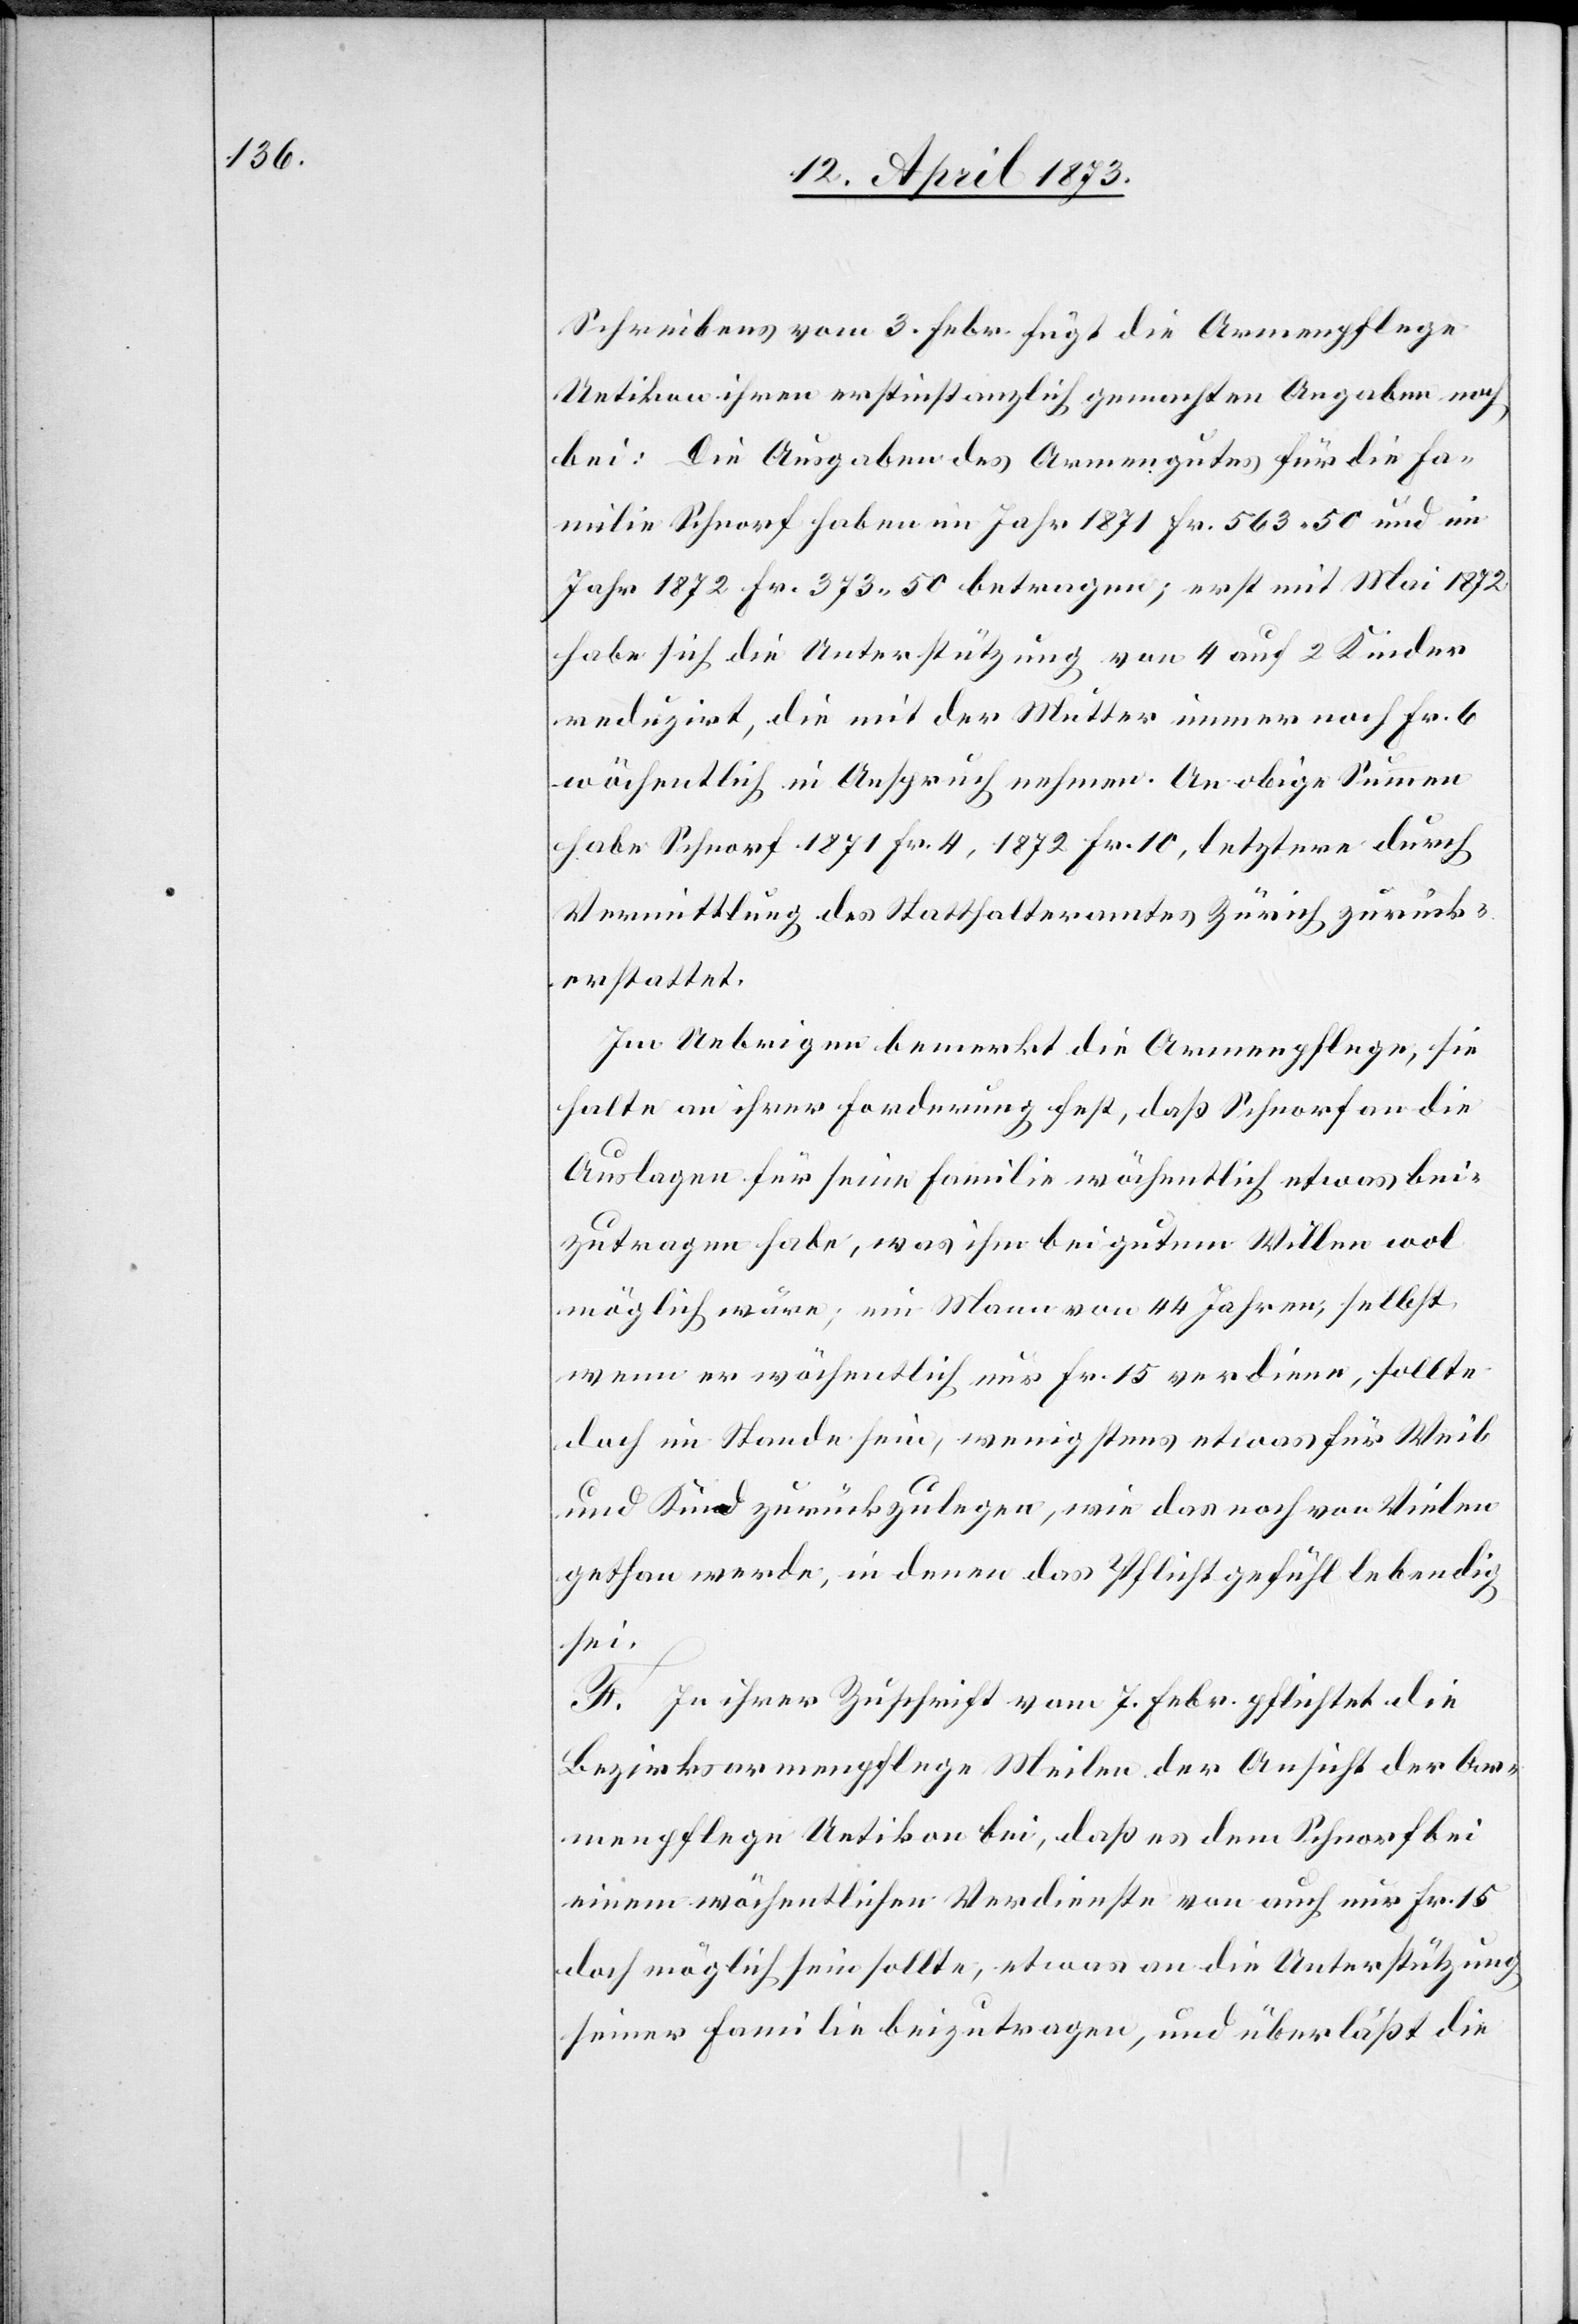
Schreibens vom 3. Febr. fügt die Armenpflege
Uetikon ihren erstinstanzlich gemachten Angaben noch
bei: Die Ausgaben des Armengutes für die Fa¬
milie Schnorf haben im Jahr 1871 Fr. 563 50 und im
Jahr 1872 Fr. 373 50 betragen; erst mit Mai 1872
habe sich die Unterstützung von 4 auf 2 Kinder
reduzirt, die mit der Mutter immer noch Fr. 6
wöchentlich in Anspruch nehmen. An obige Summe
habe Schnorf 1871 Fr. 4, 1872 Fr. 10, letztere durch
Vermittlung des Statthalteramtes Zürich zurück¬
erstattet.
Im Uebrigen bemerkt die Armenpflege, sie
halte an ihrer Forderung fest, daß Schnorf an die
Auslagen für seine Familie wöchentlich etwas bei¬
zutragen habe, was ihm bei gutem Willen wol
möglich wäre; ein Mann von 44 Jahren, selbst
wenn er wöchentlich nur Fr. 15 verdiene, sollte
doch im Stande sein, wenigstens etwas für Weib
und Kind zurückzulegen, wie das noch von Vielen
gethan werde, in denen das Pflichtgefühl lebendig
sei.
F. In ihrer Zuschrift vom 7. Febr. pflichtet die
Bezirksarmenpflege Meilen der Ansicht der Ar¬
menpflege Uetikon bei, daß es dem Schnorf bei
einem wöchentlichen Verdienste von auch nur Fr. 15
doch möglich sein sollte, etwas an die Unterstützung
seiner Familie beizutragen, und überläßt die